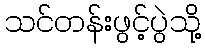
သင်တန်းဖွင့်ပွဲသို့